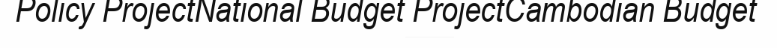
Policy ProjectNational Budget ProjectCambodian Budget